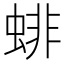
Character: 𧍃